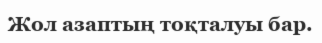
Жол азаптың тоқталуы бар.